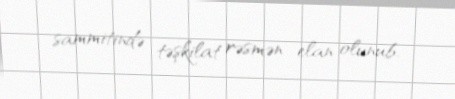
sammitində təşkilat rəsmən elan olunub.